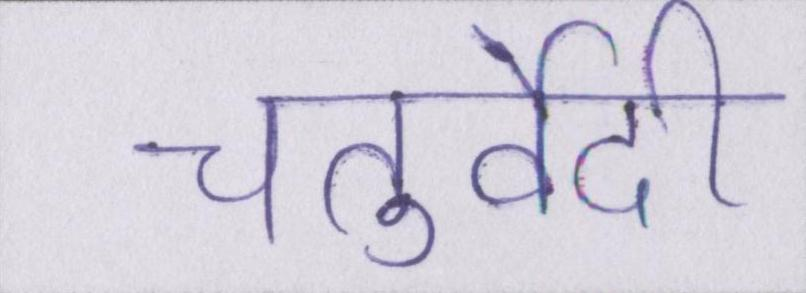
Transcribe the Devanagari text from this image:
चतुर्वेदी